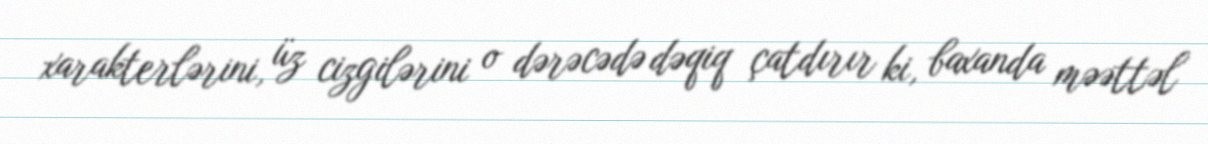
xarakterlərini, üz cizgilərini o dərəcədə dəqiq çatdırır ki, baxanda məəttəl